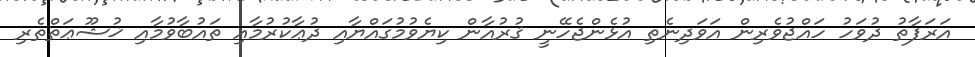
އަރަފާތު ދުވަހު ހައްޖުވެރިން އަވަދިނެތި އުޅެންޖެހޭނީ ޤުރުއާން ކިޔެވުމުގައްޔާއި ދުޢާކުރުމާއި ތައުބާވުމާއި ޚުޝޫޢަތްތެރި